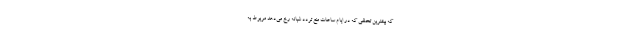
که بیشترین تخلفی که در ایام ساعات منع تردد شبانه رخ می‌دهد مربوط به